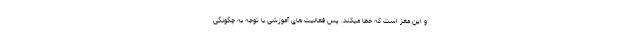
و این مغز است که خطا میکند. پس فعالیت های آموزشی با توجه به چگونگی